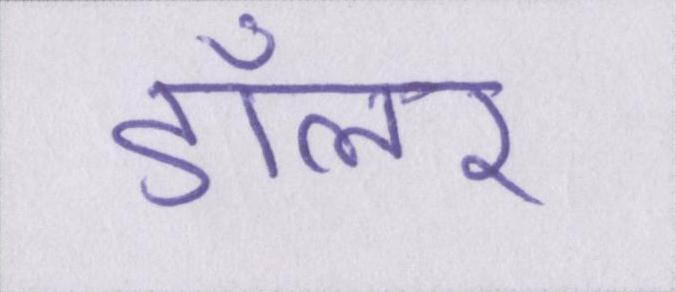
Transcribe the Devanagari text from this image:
डॉलर